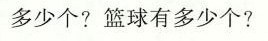
多少个?篮球有多少个?